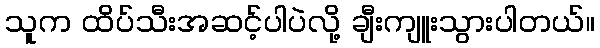
သူက ထိပ်သီးအဆင့်ပါပဲလို့ ချီးကျူးသွားပါတယ်။